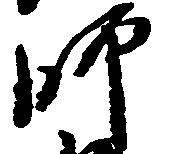
師